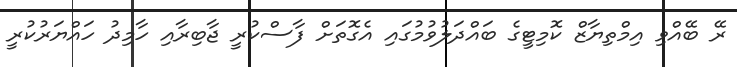
ރޭ ބޭއްވި އިމްތިޔާޒް ކޮމިޓީގެ ބައްދަލުވުމުގައި އެގޮތަށް ފާސްކުރީ ޖާބިރާއި ހާމިދު ހައްޔަރުކުރީ